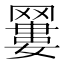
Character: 𦌑